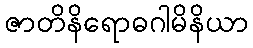
ဇာတိနိရောဓဂါမိနိယာ